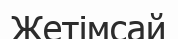
Жетімсай